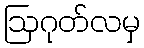
ဩဂုတ်လမှ